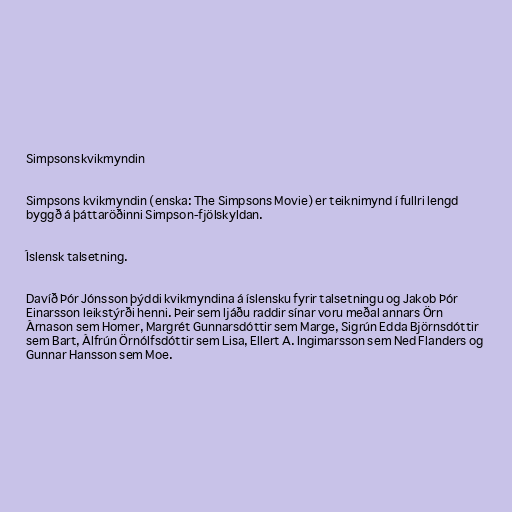
Simpsonskvikmyndin

Simpsons kvikmyndin (enska: The Simpsons Movie) er teiknimynd í fullri lengd
byggð á þáttaröðinni Simpson-fjölskyldan.

Íslensk talsetning.

Davíð Þór Jónsson þýddi kvikmyndina á íslensku fyrir talsetningu og Jakob Þór
Einarsson leikstýrði henni. Þeir sem ljáðu raddir sínar voru meðal annars Örn
Árnason sem Homer, Margrét Gunnarsdóttir sem Marge, Sigrún Edda Björnsdóttir
sem Bart, Álfrún Örnólfsdóttir sem Lisa, Ellert A. Ingimarsson sem Ned Flanders og
Gunnar Hansson sem Moe.